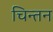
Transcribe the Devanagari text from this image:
चिन्‍तन